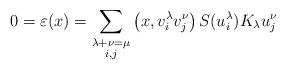
LaTeX: \begin{align*} 0 = \varepsilon(x) = \sum_{\substack{\lambda+\nu=\mu \\ i,j}} \left(x,v_i^{\lambda}v_j^{\nu}\right)S(u_i^\lambda) K_\lambda u_j^{\nu}\end{align*}